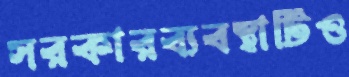
সরকারব্যবস্থাটিও